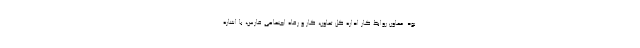
بود. معاون روابط کار اداره کل تعاون، کار و رفاه اجتماعی فارس، با اشاره